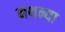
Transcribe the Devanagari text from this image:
नथन्या